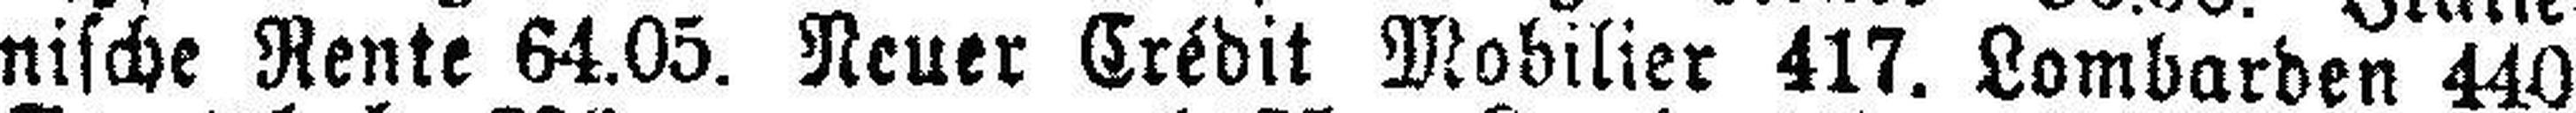
nische Rente 64.05. Neuer Crédit Mobilier 417. Lombarden 440.